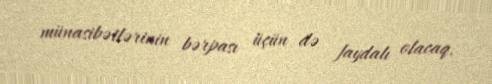
münasibətlərinin bərpası üçün də faydalı olacaq.